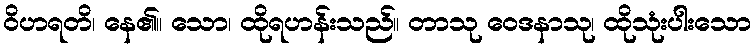
ဝိဟရတိ၊ နေ၏။ သော၊ ထိုရဟန်းသည်။ တာသု ဝေဒနာသု၊ ထိုသုံးပါးသော